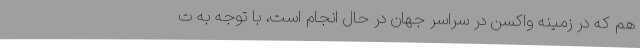
هم که در زمینه واکسن در سراسر جهان در حال انجام است، با توجه به ت